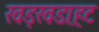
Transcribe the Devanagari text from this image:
खड़खडा़हट